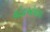
ઘોડાઓવાળા